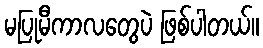
မပြုမီကာလတွေပဲ ဖြစ်ပါတယ်။